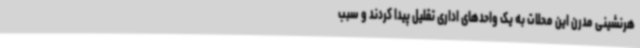
هرنشینی مدرن این محلات به یک واحدهای اداری تقلیل پیدا کردند و سبب